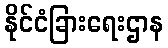
နိုင်ငံခြားရေးဌာန